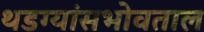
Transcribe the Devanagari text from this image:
थडग्यांसभोवताल